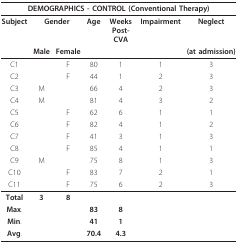
| <COLSPAN=7> DEMOGRAPHICS - CONTROL (Conventional Therapy) |
 | --- | --- | --- | --- | --- | --- | --- |
 | Subject | <COLSPAN=2> Gender | Age | Weeks Post-CVA | Impairment | Neglect |
 |  | Male | Female |  |  |  | (at admission) |
 | C1 |  | F | 80 | 1 | 1 | 3 |
 | C2 |  | F | 44 | 1 | 2 | 3 |
 | C3 | M |  | 66 | 4 | 2 | 3 |
 | C4 | M |  | 81 | 4 | 3 | 2 |
 | C5 |  | F | 62 | 6 | 1 | 1 |
 | C6 |  | F | 82 | 4 | 1 | 2 |
 | C7 |  | F | 41 | 3 | 1 | 3 |
 | C8 |  | F | 85 | 4 | 1 | 1 |
 | C9 | M |  | 75 | 8 | 1 | 3 |
 | C10 |  | F | 83 | 7 | 2 | 1 |
 | C11 |  | F | 75 | 6 | 2 | 3 |
 | Total | 3 | 8 |  |  |  |  |
 | Max. |  |  | 83 | 8 |  |  |
 | Min. |  |  | 41 | 1 |  |  |
 | Avg. |  |  | 70.4 | 4.3 |  |  |